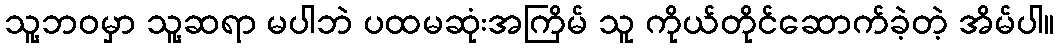
သူ့ဘဝမှာ သူ့ဆရာ မပါဘဲ ပထမဆုံးအကြိမ် သူ ကိုယ်တိုင်ဆောက်ခဲ့တဲ့ အိမ်ပါ။